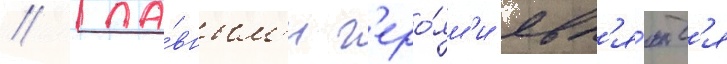
// Гла́вным'и г'еро́ям'и явл'я́ютс'я